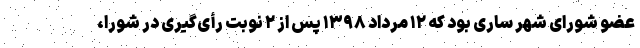
عضو شورای شهر ساری بود که ۱۲ مرداد ۱۳۹۸ پس از ۲ نوبت رأی‌گیری در شورا،